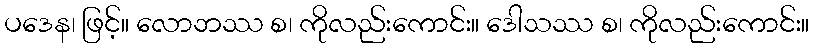
ပဒေန၊ ဖြင့်။ လောဘဿ စ၊ ကိုလည်းကောင်း။ ဒေါသဿ စ၊ ကိုလည်းကောင်း။